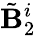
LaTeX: \tilde{\mathbf{B}}_{2}^{i}